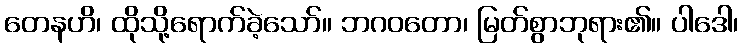
တေနဟိ၊ ထိုသို့ရောက်ခဲ့သော်။ ဘဂဝတော၊ မြတ်စွာဘုရား၏။ ပါဒေါ၊